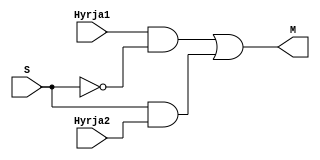
`timescale 1ns / 1ps
//////////////////////////////////////////////////////////////////////////////////
// Company: 
// Engineer: 
// 
// Design Name: 
// Module Name: Mux2ne1
// Project Name: 
// Target Devices: 
// Tool Versions: 
// Description: 
// 
// Dependencies: 
// 
// Revision:
// Revision 0.01 - File Created
// Additional Comments:
// 
//////////////////////////////////////////////////////////////////////////////////


module Mux2ne1(
  	input wire Hyrja1,
    input wire Hyrja2,
    input wire S,
    output wire M
    );
    
wire telijoS, teli1, teli2;
    
  not(telijoS, S);

  and(teli1, Hyrja1, telijoS);
  and(teli2 , S, Hyrja2);


or(M, teli1, teli2);

endmodule